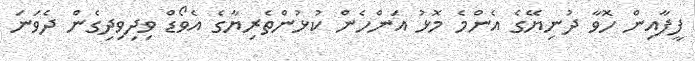
ފީފާއިން ހޮވާ ދުނިޔޭގެ އެންމެ މޮޅު އަންހެން ކުޅުންތެރިޔާގެ އެވޯޑް ވިދިވިދިގެން ދެވަނަ